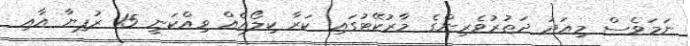
ނަމަވެސް މިއަދު ދަތުރުވެރިންގެ މާރުކޭޓުގައި ކަރާ ކިލޯއެއް ވިއްކަނީ 15 ރުފިޔާ އާއި